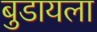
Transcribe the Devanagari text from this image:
बुडायला